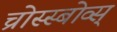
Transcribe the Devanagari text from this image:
च्रोस्स्बोव्स्